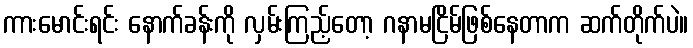
ကားမောင်းရင်း နောက်ခန်းကို လှမ်းကြည့်တော့ ဂနာမငြိမ်ဖြစ်နေတာက ဆက်တိုက်ပဲ။